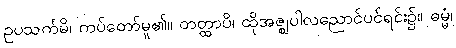
ဥပသင်္ကမိ၊ ကပ်တော်မူ၏။ တတ္ထာပိ၊ ထိုအဇ္ဈပါလညောင်ပင်ရင်း၌။ ဓမ္မံ၊